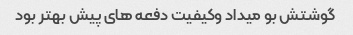
گوشتش بو میداد وکیفیت دفعه های پیش بهتر بود